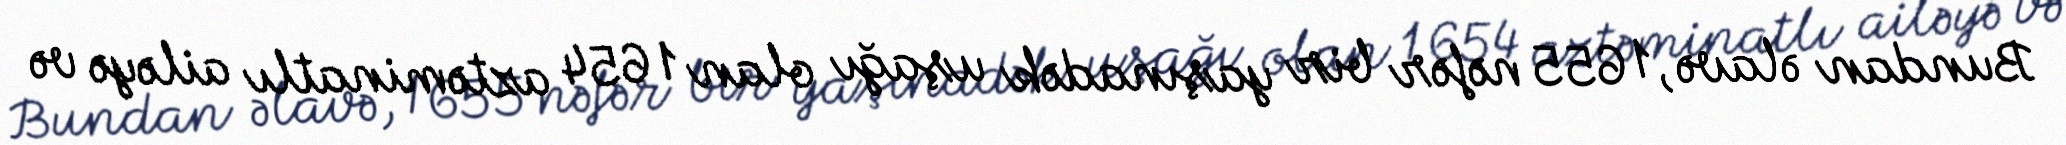
Bundan əlavə, 1 655 nəfər bir yaşınadək uşağı olan 1 654 aztəminatlı ailəyə və